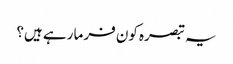
یہ تبصرہ کون فرما رہے ہیں؟